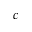
c